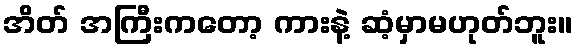
အိတ် အကြီးကတော့ ကားနဲ့ ဆံ့မှာမဟုတ်ဘူး။